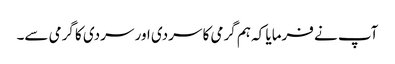
آپ نے فرمایا کہ ہم گرمی کا سردی اور سردی کا گرمی سے۔